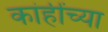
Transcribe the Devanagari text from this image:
कांहींच्या